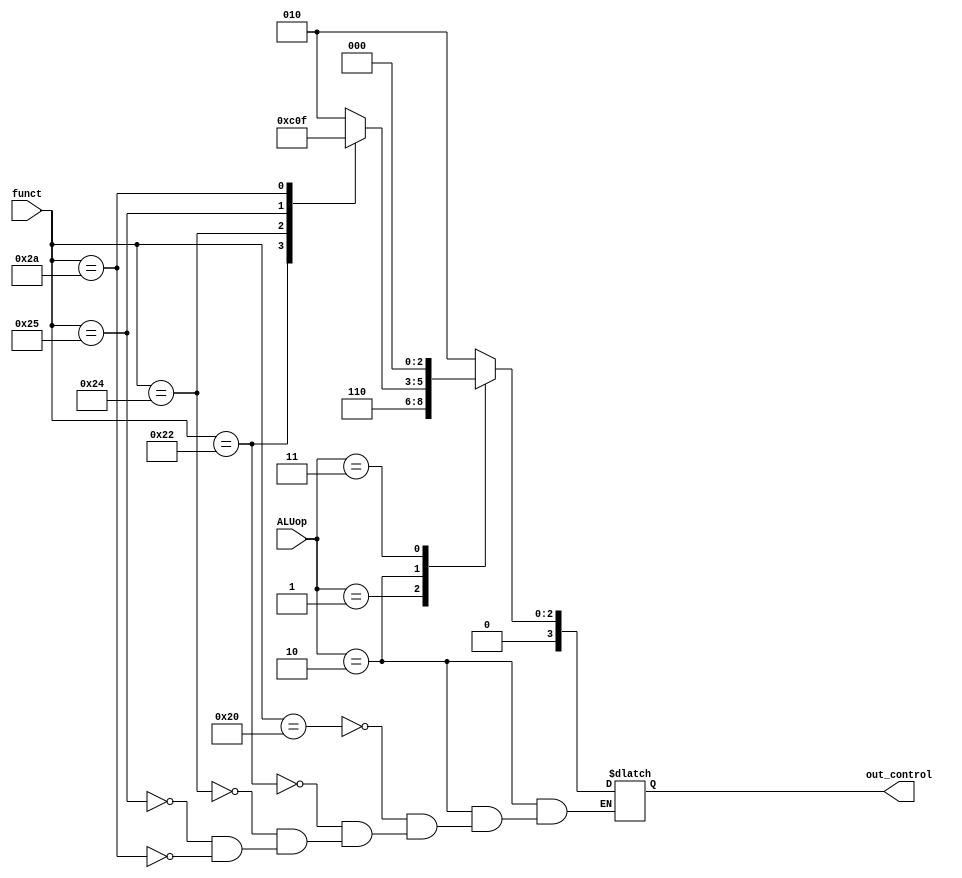
`timescale 1ns / 1ps

module ALU_control(ALUop, funct, out_control);
    input [1:0] ALUop;
    input [5:0] funct;
    output reg [3:0] out_control;
    always @ (*) begin
        case(ALUop)
            // lw, sw, addi
            2'b00: out_control = 4'b0010; // add
            // beq and bne
            2'b01: out_control = 4'b0110; // subtract
            // R-type
            2'b10: begin
                case (funct)
                    6'b100000: out_control = 4'b0010; // add
                    6'b100010: out_control = 4'b0110; // subtract
                    6'b100100: out_control = 4'b0000; // and
                    6'b100101: out_control = 4'b0001; // or
                    6'b101010: out_control = 4'b0111; // stl
                endcase
            end
            // andi
            2'b11: out_control = 4'b0000; // and
        endcase
    end
endmodule